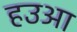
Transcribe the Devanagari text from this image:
हउआ